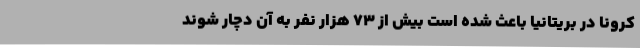
کرونا در بریتانیا باعث شده است بیش از 73 هزار نفر به آن دچار شوند